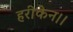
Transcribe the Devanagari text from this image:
हरीकेन।।